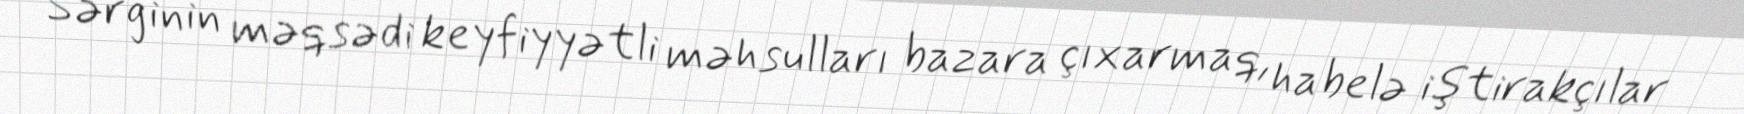
Sərginin məqsədi keyfiyyətli məhsulları bazara çıxarmaq, habelə iştirakçılar